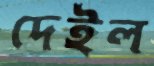
দেইল